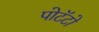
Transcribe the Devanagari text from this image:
पोटॅटो